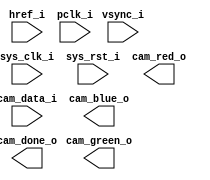
module cam_data(
    input sys_clk_i,
    input sys_rst_i,

    input vsync_i,
    input href_i,
    input pclk_i,
    input cam_data_i,

    output [7:0] cam_red_o,
    output [7:0] cam_green_o,
    output [7:0] cam_blue_o,

    output cam_done_o
);


endmodule